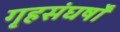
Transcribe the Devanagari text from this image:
गृहसंघर्षों